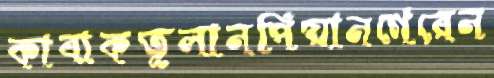
কাবাকতুলানপিয়ানগেরেন